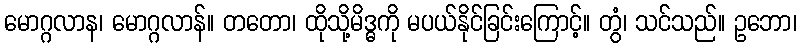
မောဂ္ဂလာန၊ မောဂ္ဂလာန်။ တတော၊ ထိုသို့မိဒ္ဓကို မပယ်နိုင်ခြင်းကြောင့်။ တွံ၊ သင်သည်။ ဥဘော၊